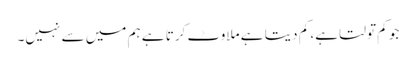
جو کم تولتا ہے، کم دیتا ہے ملاوٹ کرتا ہے ہم میں سے نہیں۔